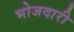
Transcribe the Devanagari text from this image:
भोजदारी